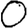
Digit: 0